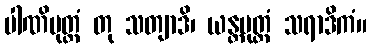
ပါဏိမုတ္တံ တု သတျာဒိ၊ ယန္တမုတ္တံ သရာဒိကံ။